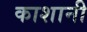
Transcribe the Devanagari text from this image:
काशानी